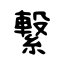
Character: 繋